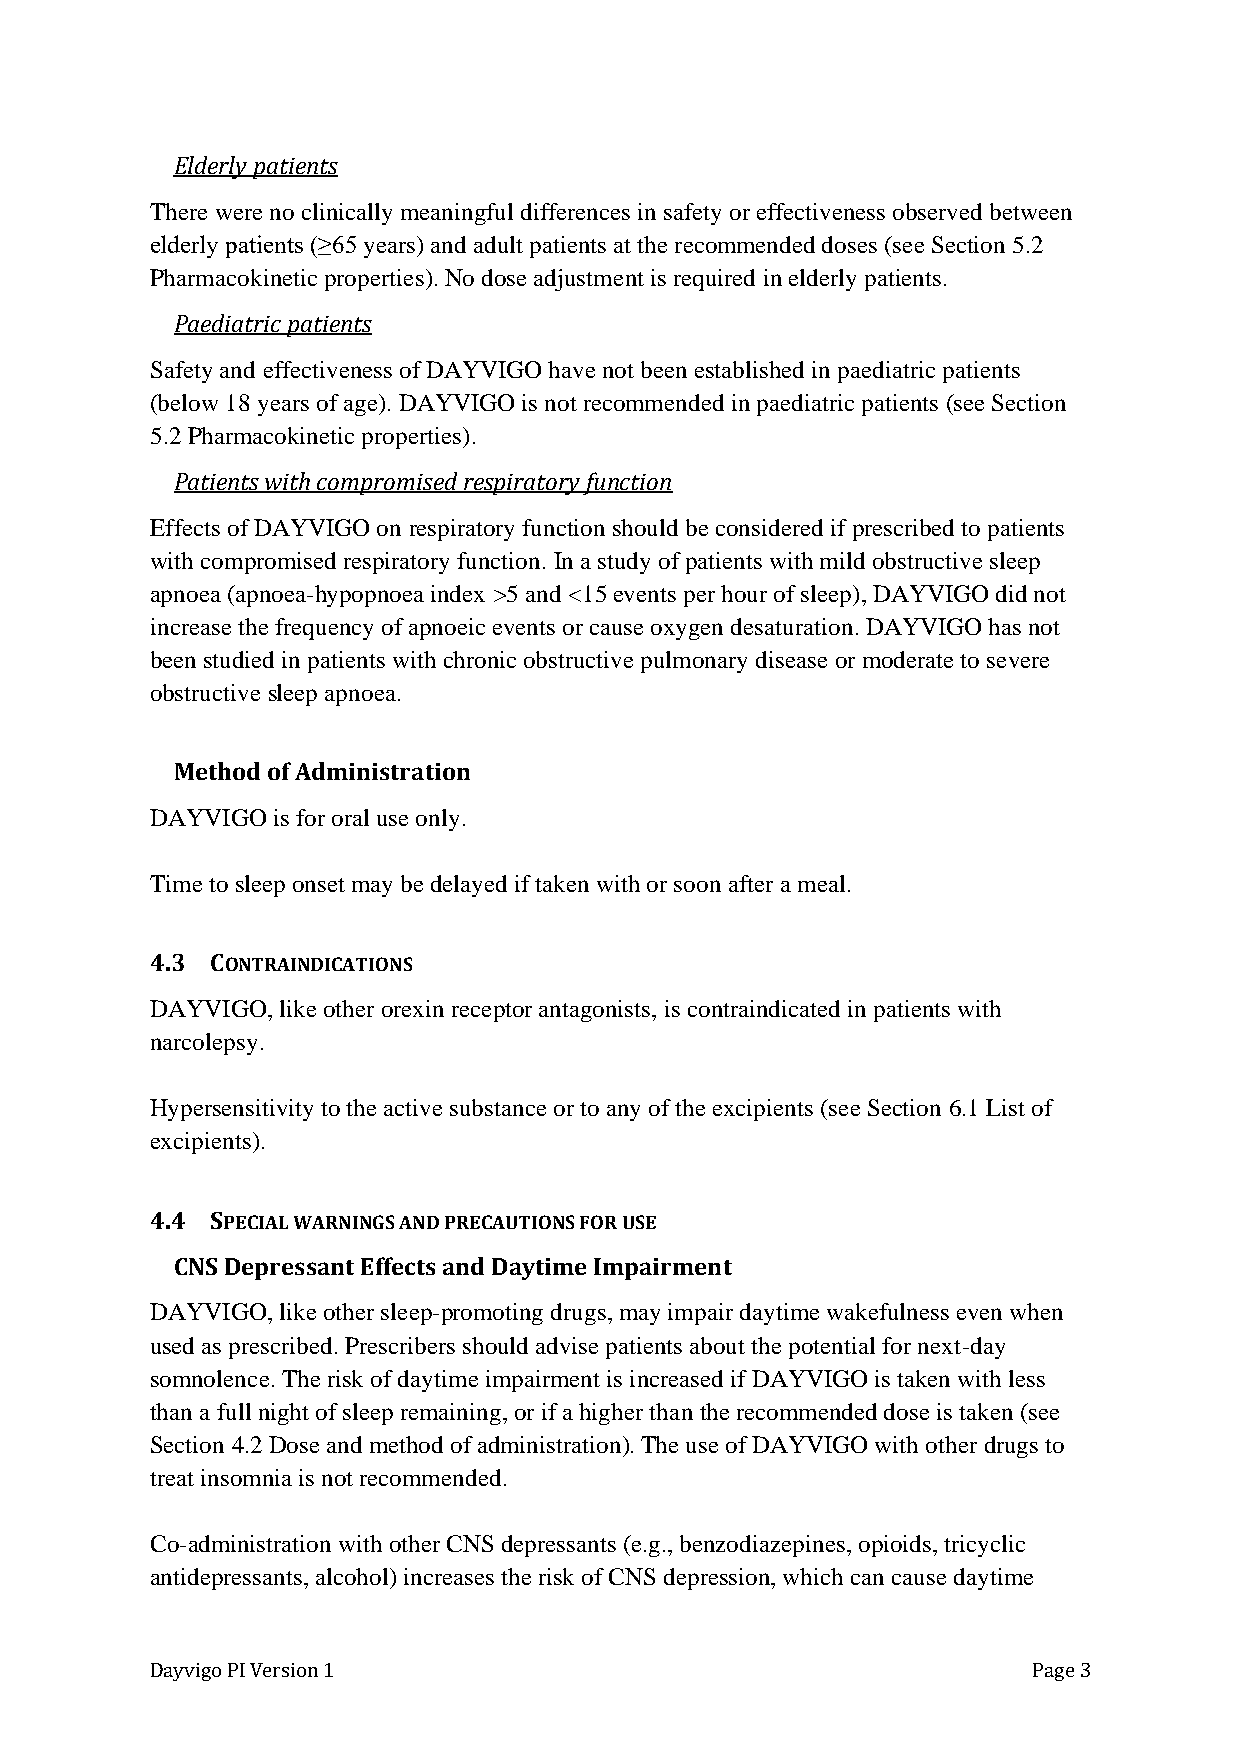
Elderly patients
 There were no clinically meaningful differences in safety or effectiveness observed between
 elderly patients (≥65 years) and adult patients at the recommended doses (see Section 5.2
 Pharmacokinetic properties). No dose adjustment is required in elderly patients.
 Paediatric patients
 Safety and effectiveness of DAYVIGO have not been established in paediatric patients
 (below 18 years of age). DAYVIGO is not recommended in paediatric patients (see Section
 5.2 Pharmacokinetic properties).
 Patients with compromised respiratory function
 Effects of DAYVIGO on respiratory function should be considered if prescribed to patients
 with compromised respiratory function. In a study of patients with mild obstructive sleep
 apnoea (apnoea-hypopnoea index >5 and <15 events per hour of sleep), DAYVIGO did not
 increase the frequency of apnoeic events or cause oxygen desaturation. DAYVIGO has not
 been studied in patients with chronic obstructive pulmonary disease or moderate to severe
 obstructive sleep apnoea.
 Method of Administration
 DAYVIGO is for oral use only.
 Time to sleep onset may be delayed if taken with or soon after a meal.
 4.3 CONTRAINDICATIONS
 DAYVIGO, like other orexin receptor antagonists, is contraindicated in patients with
 narcolepsy.
 Hypersensitivity to the active substance or to any of the excipients (see Section 6.1 List of
 excipients).
 4.4 SPECIAL WARNINGS AND PRECAUTIONS FOR USE
 CNS Depressant Effects and Daytime Impairment
 DAYVIGO, like other sleep-promoting drugs, may impair daytime wakefulness even when
 used as prescribed. Prescribers should advise patients about the potential for next-day
 somnolence. The risk of daytime impairment is increased if DAYVIGO is taken with less
 than a full night of sleep remaining, or if a higher than the recommended dose is taken (see
 Section 4.2 Dose and method of administration). The use of DAYVIGO with other drugs to
 treat insomnia is not recommended.
 Co-administration with other CNS depressants (e.g., benzodiazepines, opioids, tricyclic
 antidepressants, alcohol) increases the risk of CNS depression, which can cause daytime
 Dayvigo PI Version 1                                      Page 3